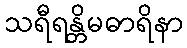
သရီရန္တိမဓာရိနာ